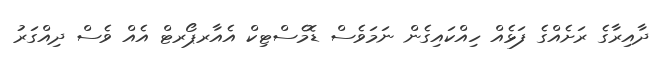
ދާއިރާގެ ރަށެއްގެ ފަޅެއް ހިއްކައިގެން ނަމަވެސް ޑޮމެސްޓިކް އެއާރޕޯރޓް އެއް ވެސް ދިއްގަރު